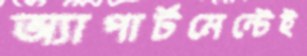
অ্যাপার্টমেন্টেই